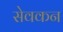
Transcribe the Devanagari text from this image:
सेवकन